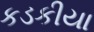
કડકીયા